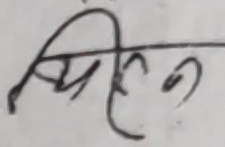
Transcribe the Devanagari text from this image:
मिहन